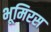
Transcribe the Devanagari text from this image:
भूमिरस